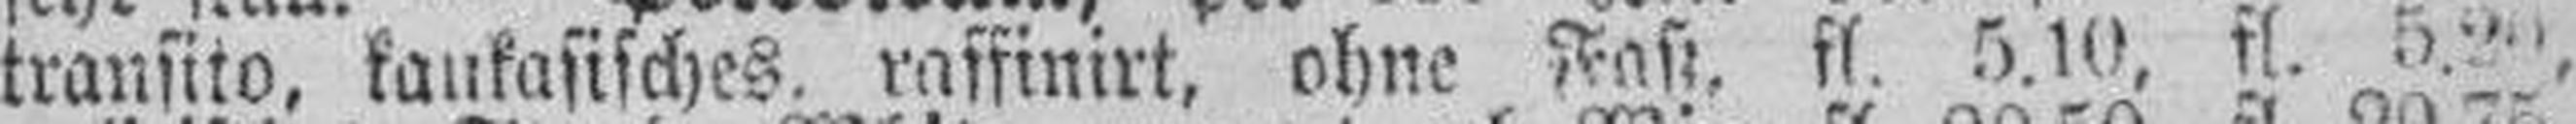
transito, kaukasisches, raffinirt, ohne Faß, fl. 5.10, fl. 5.20,